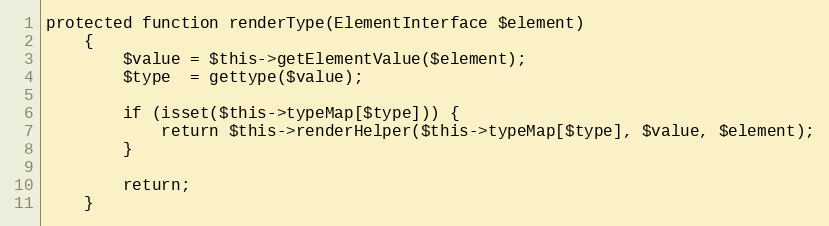
Language: PHP
protected function renderType(ElementInterface $element)
    {
        $value = $this->getElementValue($element);
        $type  = gettype($value);

        if (isset($this->typeMap[$type])) {
            return $this->renderHelper($this->typeMap[$type], $value, $element);
        }

        return;
    }